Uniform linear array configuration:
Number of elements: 16
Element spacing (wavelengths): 0.25
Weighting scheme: kaiser
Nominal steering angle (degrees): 60
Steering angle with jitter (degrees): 61.68
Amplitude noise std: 0.05
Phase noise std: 0.05

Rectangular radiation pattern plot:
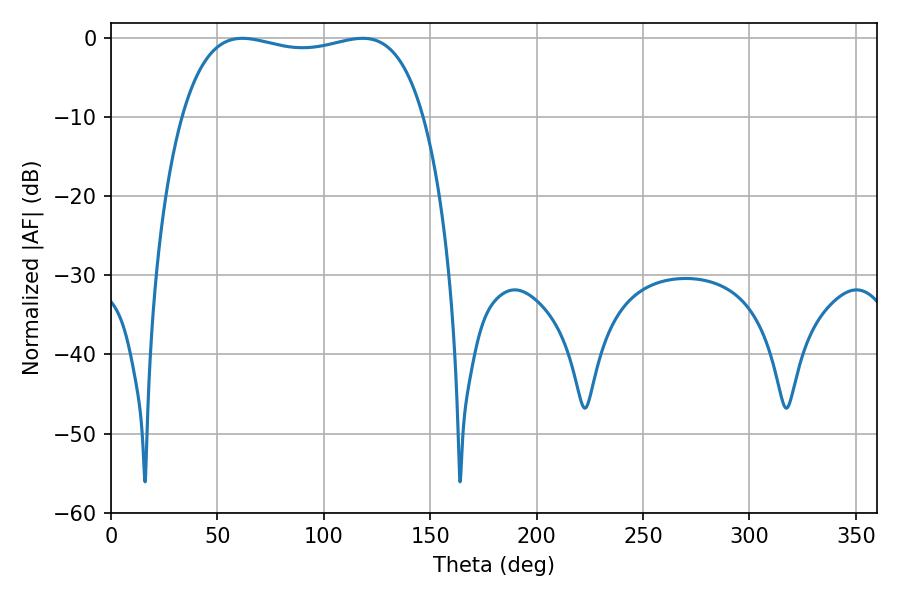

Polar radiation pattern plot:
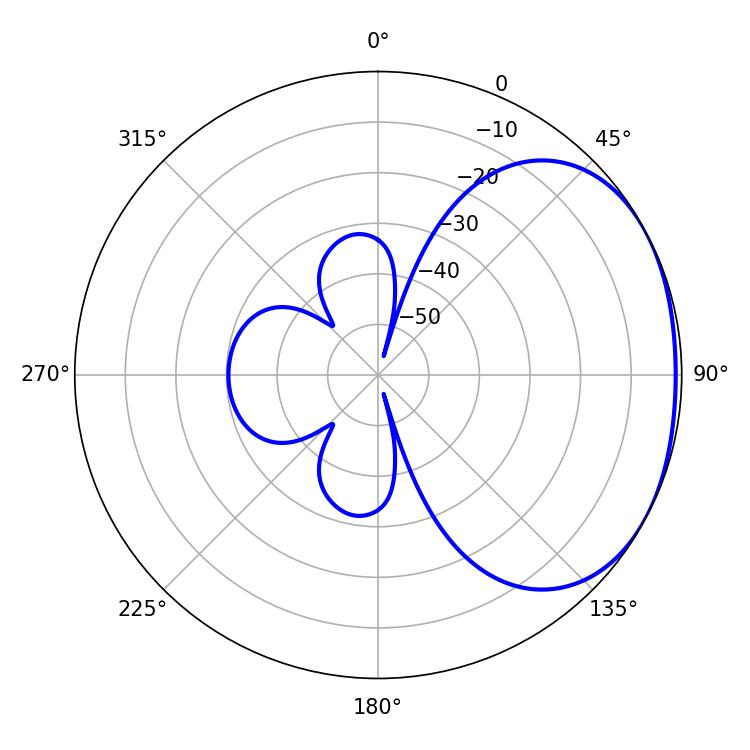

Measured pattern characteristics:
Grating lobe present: FALSE
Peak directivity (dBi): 1.851
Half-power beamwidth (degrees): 92.16
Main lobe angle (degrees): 61.74